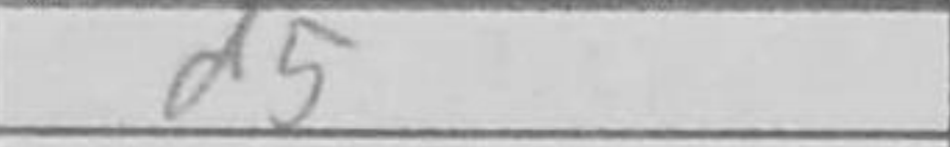
Transcription: d5